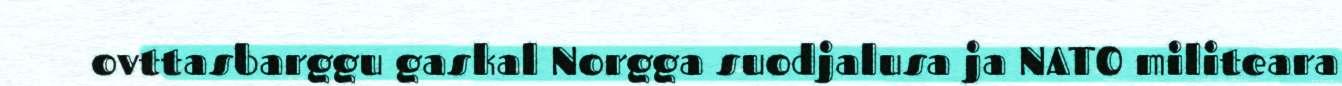
ovttasbarggu gaskal Norgga suodjalusa ja NATO militeara